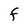
Character: F